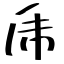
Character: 乕